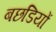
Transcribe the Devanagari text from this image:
बछडियों